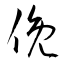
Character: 俛